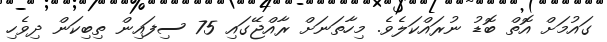
ގައުމަށް އޮތް ބޮޑު ނުރައްކަލެވެ. މިހާތަނަށް ރާއްޖޭގައި 75 ސިފައިން ތިބިކަން ދިވެހި